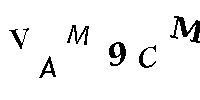
VAM9CM